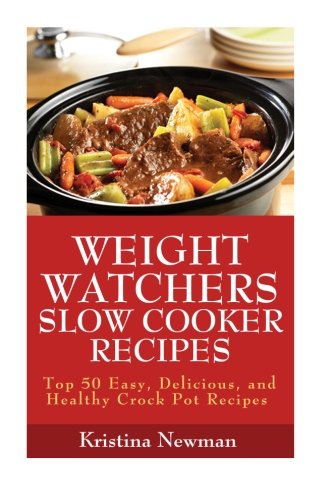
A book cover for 1 Weight Watchers Slow Cooker Recipes Top 50 Easy, Delicious and Healthy Crock Pot Recipes; Kristina Newman; Health, Fitness & Dieting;